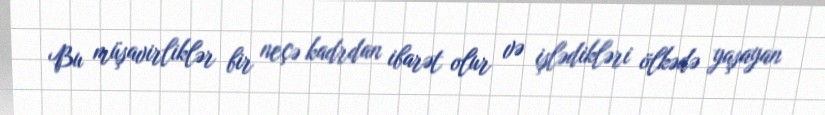
Bu müşavirliklər bir neçə kadrdan ibarət olur və işlədikləri ölkədə yaşayan